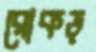
রোকড়